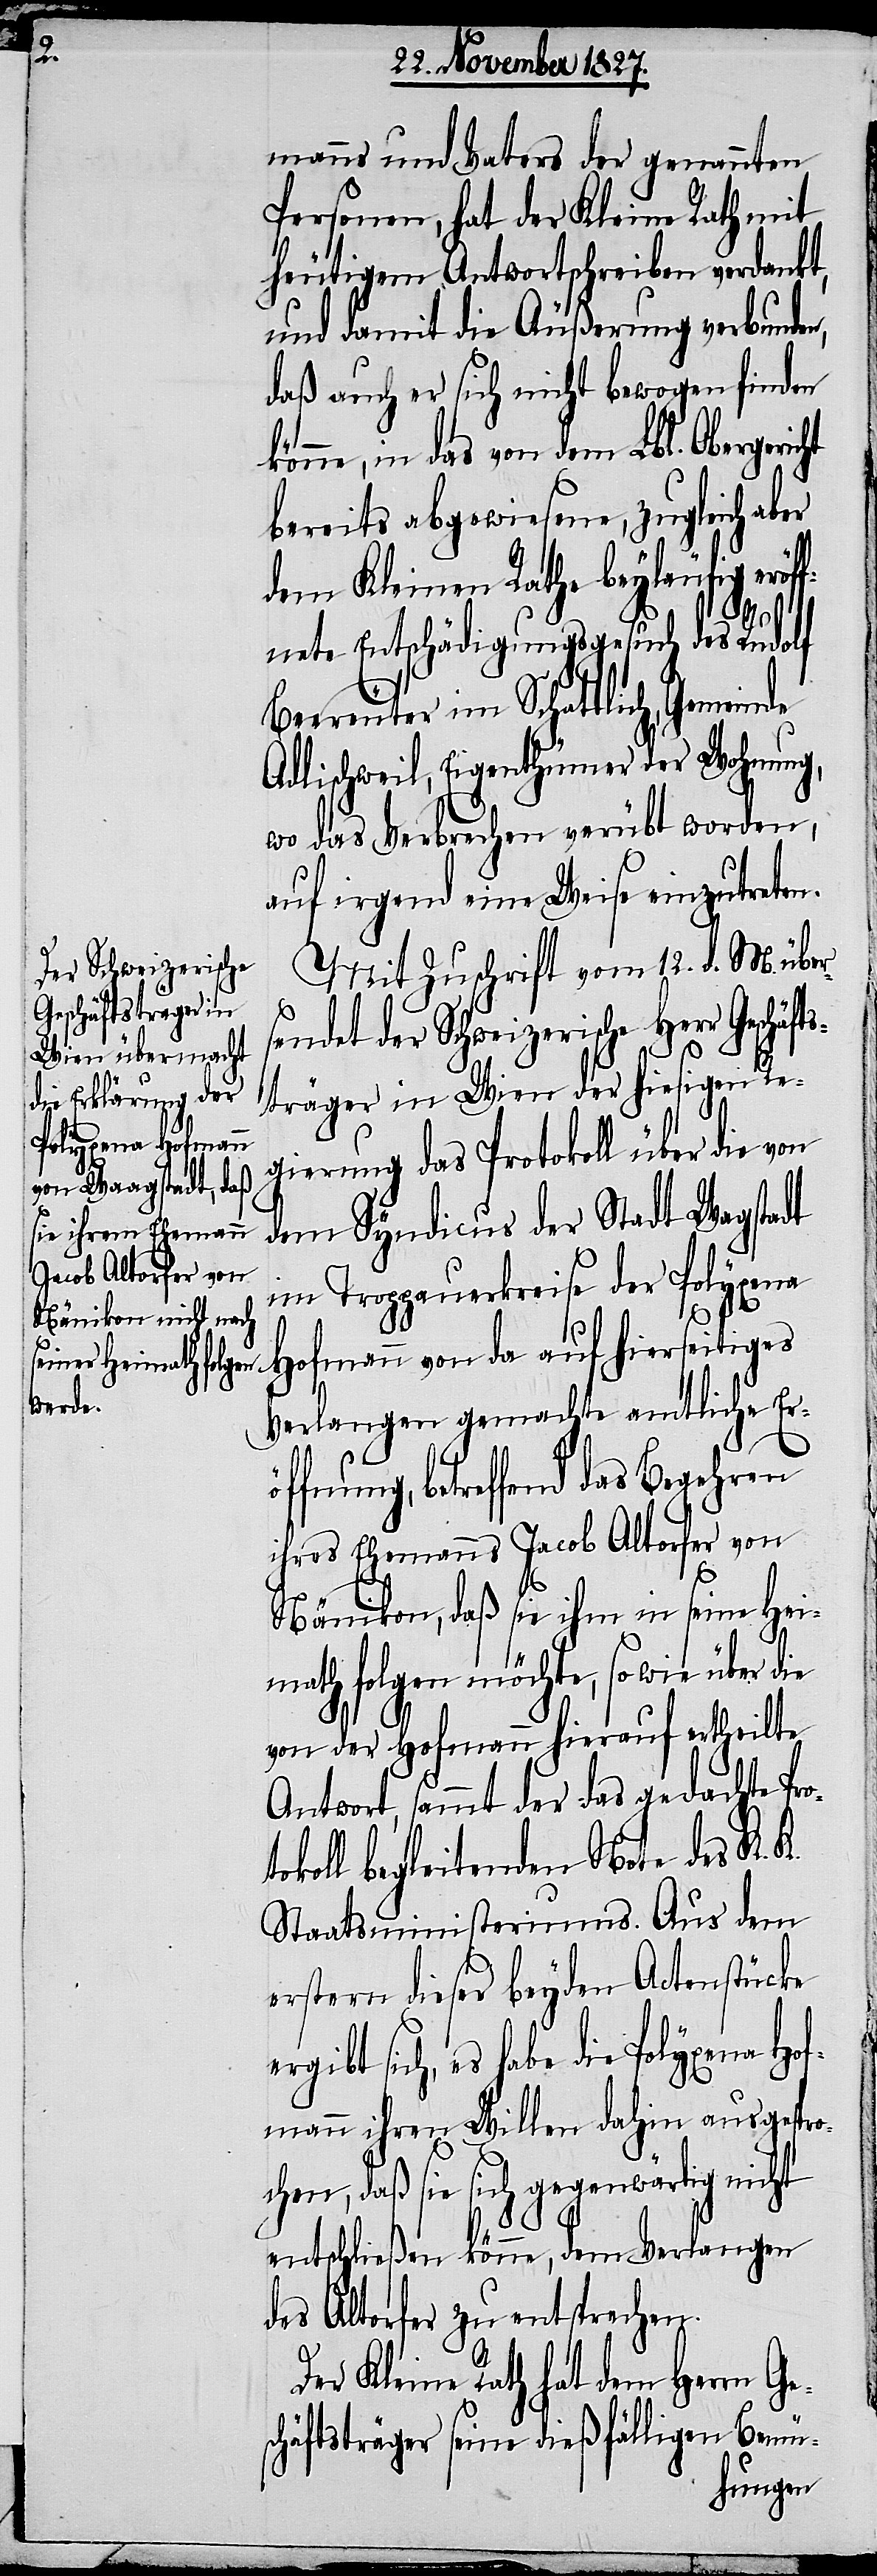
manns und Vaters der genannten
Personen, hat der Kleine Rath mit
heutigem Antwortschreiben verdankt,
und damit die Äußerung verbunden,
daß auch er sich nicht bewogen finden
könne, in das von dem Lbl. Obergericht
bereits abgewiesene, zugleich aber
dem Kleinen Rathe beyläufig eröf¬
fnete Entschädigungsgesuch des Rudolf
Beereuter im Schattlich, Gemeinde
Adlischweil, Eigenthümer der Wohnung,
wo das Verbrechen verübt worden,
auf irgend eine Weise einzutreten.
der Schweizerische
Mit Zuschrift vom 12. d. M. über¬
träger in Wien der hiesigen Re¬
gierung des Protokoll über die von
dem Syndicus der Stadt Wagstadt
im Troppauerkreise der Polyx¬
ena Hofmann von da auf hierseitiges
sendet
Verlangen gemachte amtliche Er¬
fnung, betreffend das Begehren
ihres Ehemanns Jacob Altorfer von
s¬
Nänikon, daß sie ihm in seine Hei¬
math folgen möchte, so wie über die
von der Hofmann hierauf ertheilte
Antwort, sammt der das gedachte Pr¬
koll begleitenden Note des K. K.
Staatsministeriums. Aus dem
erstern dieser beyden Actenstücke
rgibt sich, es habe die Polyxena Hof¬
mann ihren Willen dahin ausgespro¬
hen, daß sie sich gegenwärtig nicht
entschließen könne, dem Verlangen
des Altorfer zu entsprechen.
Der Kleine Rath hat dem Herrn Ge¬
chäftsträger seine dießfälligen Bemüh-